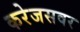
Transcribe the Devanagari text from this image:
करेजसवर